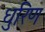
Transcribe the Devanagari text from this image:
धुरिण